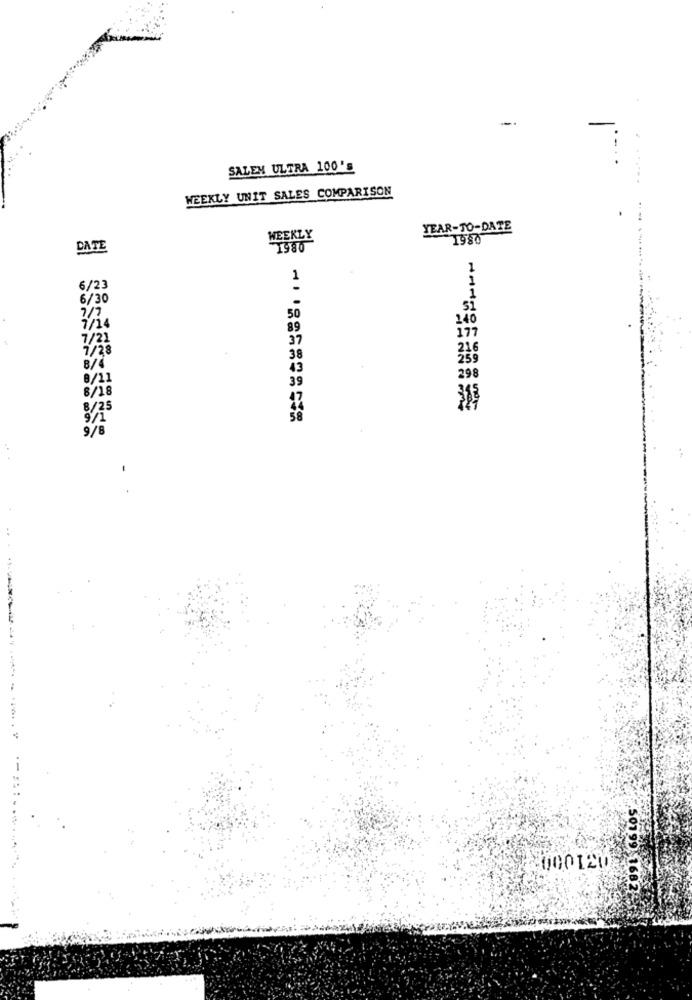
SALEM ULTRA 100's
WEEKLY UNIT SALES COMPARISON
YEAR-TO-DATE
WEEKLY
1980
DATE
1980
1
1
1
6/23
6/30
1
50
7/7
140
1/14
7/21
7/28
21
259
8/4
298
8/11
8/18
8/25
9/1
9/8
---------
50199 1682